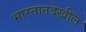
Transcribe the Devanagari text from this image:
भारतातदेखील